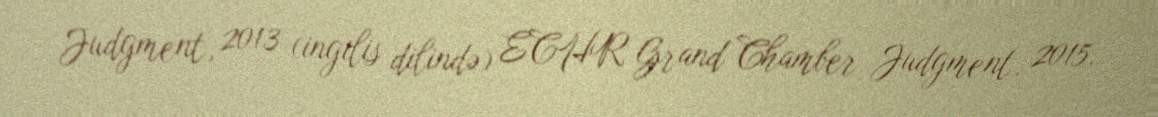
Judgment, 2013 (ingilis dilində) ECHR Grand Chamber Judgment, 2015.